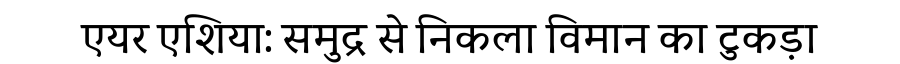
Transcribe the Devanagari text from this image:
एयर एशिया: समुद्र से निकला विमान का टुकड़ा